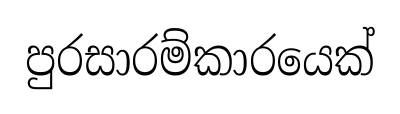
පුරසාරම්කාරයෙක්